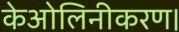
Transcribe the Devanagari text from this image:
केओलिनीकरण।